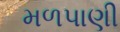
મળપાણી